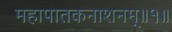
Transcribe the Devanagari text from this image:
महापातकनाशनम्‌॥१॥